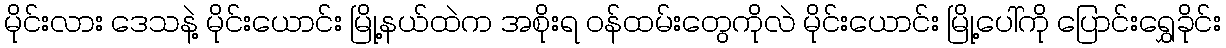
မိုင်းလား ဒေသနဲ့ မိုင်းယောင်း မြို့နယ်ထဲက အစိုးရ ဝန်ထမ်းတွေကိုလဲ မိုင်းယောင်း မြို့ပေါ်ကို ပြောင်းရွှေခိုင်း